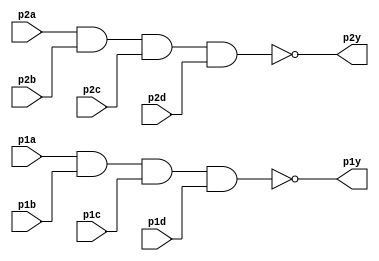
module top_module ( 
    input p1a, p1b, p1c, p1d,
    output p1y,
    input p2a, p2b, p2c, p2d,
    output p2y );

    // NAND gate logic for p1y
    assign p1y = ~(p1a & p1b & p1c & p1d);

    // NAND gate logic for p2y
    assign p2y = ~(p2a & p2b & p2c & p2d);

endmodule